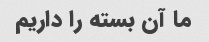
ما آن بسته را داریم